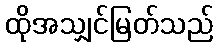
ထိုအသျှင်မြတ်သည်